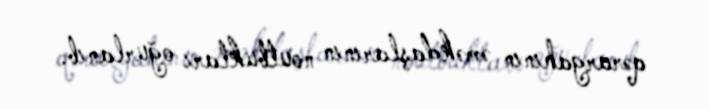
qərargahının əməkdaşlarının noutbukları oğurlanıb.